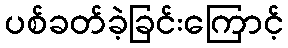
ပစ်ခတ်ခဲ့ခြင်းကြောင့်